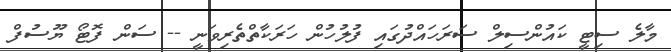
މާލެ ސިޓީ ކައުންސިލް ސަަރަހައްދުގައި ފުލުހުން ހަރަކާތްތެރިވަނީ -- ސަން ފޮޓޯ ޔޫސުފް